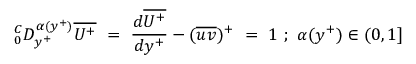
^ C _ { 0 } D _ { y ^ { + } } ^ { \alpha ( y ^ { + } ) } \overline { { U ^ { + } } } ~ = ~ \frac { d \overline { { U ^ { + } } } } { d y ^ { + } } - ( \overline { { u v } } ) ^ { + } ~ = ~ 1 ~ ; ~ \alpha ( y ^ { + } ) \in ( 0 , 1 ]